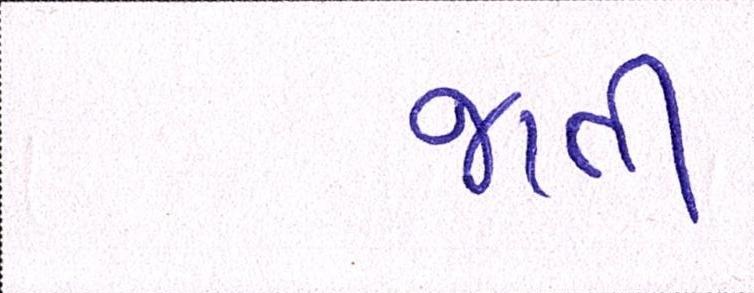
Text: જાતી